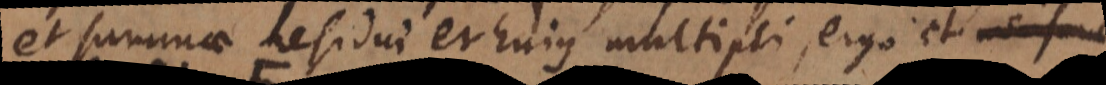
et summae residui et hujus multipli, ergo et divi